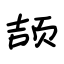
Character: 颉